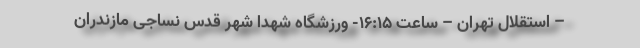
– استقلال تهران – ساعت ۱۶:۱۵- ورزشگاه شهدا شهر قدس نساجی مازندران